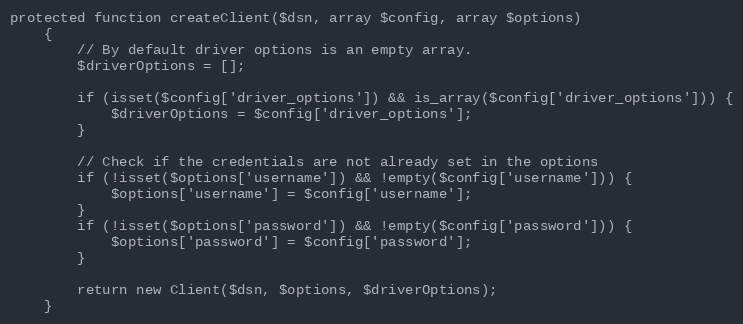
Language: PHP
protected function createClient($dsn, array $config, array $options)
    {
        // By default driver options is an empty array.
        $driverOptions = [];

        if (isset($config['driver_options']) && is_array($config['driver_options'])) {
            $driverOptions = $config['driver_options'];
        }

        // Check if the credentials are not already set in the options
        if (!isset($options['username']) && !empty($config['username'])) {
            $options['username'] = $config['username'];
        }
        if (!isset($options['password']) && !empty($config['password'])) {
            $options['password'] = $config['password'];
        }

        return new Client($dsn, $options, $driverOptions);
    }